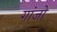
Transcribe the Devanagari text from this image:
गांजो